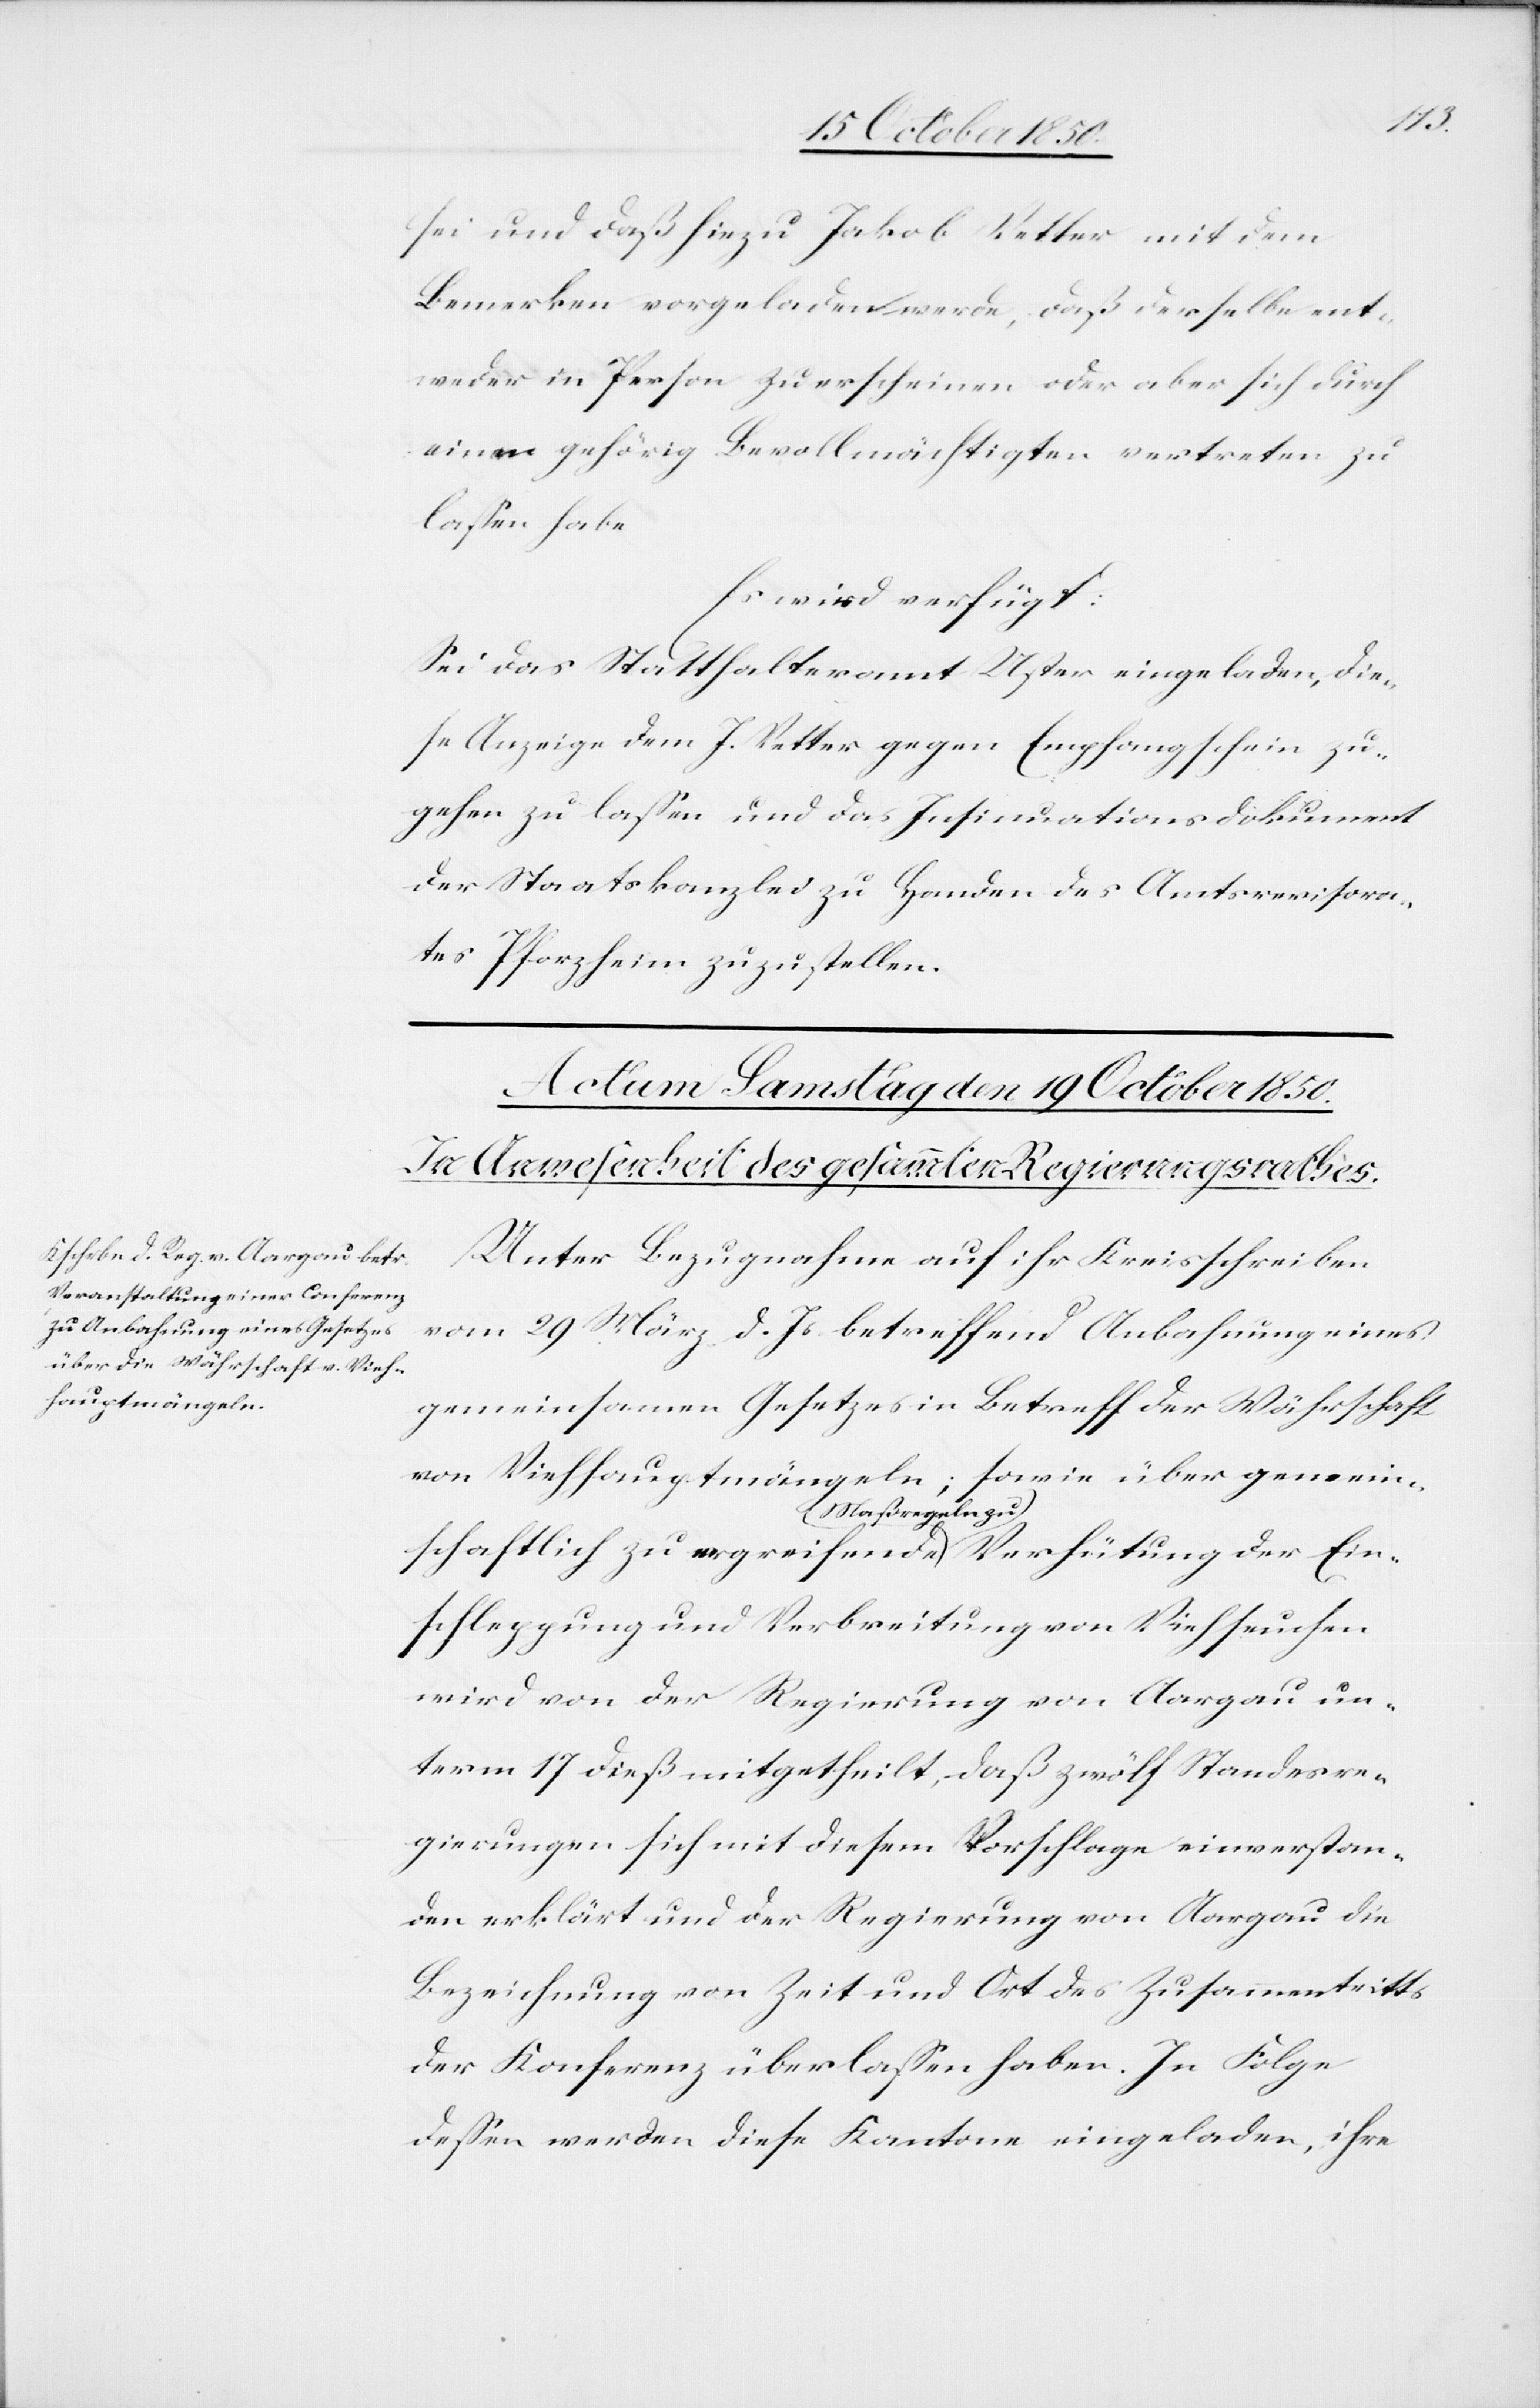
sei und daß hiezu Jakob Vetter mit dem
Bemerken vorgeladen werde, daß derselbe ent¬
weder in Person zu erscheinen oder aber sich durch
einen gehörig Bevollmächtigten vertreten zu
lassen habe
Es wird verfügt:
Sei das Statthalteramt Uster eingeladen, die¬
se Anzeige dem J. Vetter gegen Empfangschein zu¬
gehen zu lassen und das Insinuationsdokument
der Staatskanzlei zu Handen des Amtsrevisora¬
tes Pforzheim zuzustellen.
Unter Bezugnahme auf ihr Kreisschreiben
vom 29 März d. Js. betreffend Anbahnung eines
gemeinsamen Gesetzes in Betreff der Währschaft
von Viehhauptmängeln; sowie über gemein¬
schaftlich zu ergreifende Maßregeln zu Verhütung der Ein¬
schleppung und Verbreitung von Viehseuchen
wird von der Regierung von Aargau un¬
term 17 dieß mitgetheilt, daß zwölf Standesre¬
gierungen sich mit diesem Vorschlage einverstan¬
den erklärt und der Regierung von Aargau die
Bezeichnung von Zeit und Ort des Zusammentritts
der Konferenz überlassen haben. In Folge
dessen werden diese Kantone eingeladen, ihre